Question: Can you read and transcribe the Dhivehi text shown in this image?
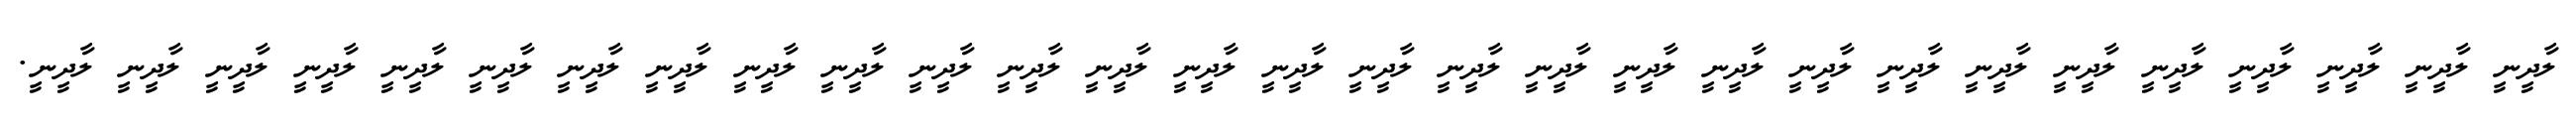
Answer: ލާދީނީ ލާދީނީ ލާދީނީ ލާދީނީ ލާދީނީ ލާދީނީ ލާދީނީ ލާދީނީ ލާދީނީ ލާދީނީ ލާދީނީ ލާދީނީ ލާދީނީ ލާދީނީ ލާދީނީ ލާދީނީ ލާދީނީ ލާދީނީ ލާދީނީ ލާދީނީ ލާދީނީ ލާދީނީ ލާދީނީ ލާދީނީ ލާދީނީ ލާދީނީ ލާދީނީ ލާދީނީ ލާދީނީ.